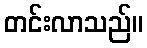
တင်းလာသည်။